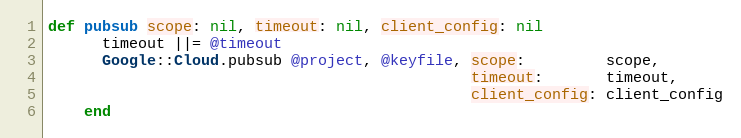
Language: Ruby
def pubsub scope: nil, timeout: nil, client_config: nil
      timeout ||= @timeout
      Google::Cloud.pubsub @project, @keyfile, scope:         scope,
                                               timeout:       timeout,
                                               client_config: client_config
    end